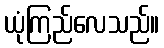
ယုံကြည်လေသည်။